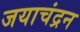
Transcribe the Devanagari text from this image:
जयाचंद्रन